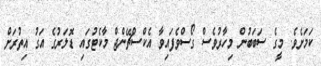
ކަމަށެވެ. މީގެ ސަބަބުން މިހާރުވެސް ގޯސްވެފައިވާ އެކްސްޗޭންޖް މާކެޓުގައި ޑޮލަރުގެ އަގު އިތުރަށް